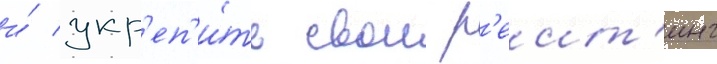
и́ укр'еп'и́ть свои р'еит'инг